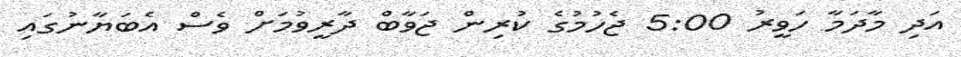
އަދި މާދަމާ ހަވީރު 5:00 ޖެހުމުގެ ކުރިން ޖަވާބް ދާރީވުމަށް ވެސް އެބަޔާނުގައި